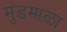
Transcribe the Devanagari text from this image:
मुंडमाळा